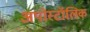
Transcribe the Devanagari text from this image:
अपोस्टॉलिक